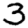
Digit: 3